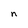
Character: n